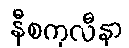
နီစကုလီနာ